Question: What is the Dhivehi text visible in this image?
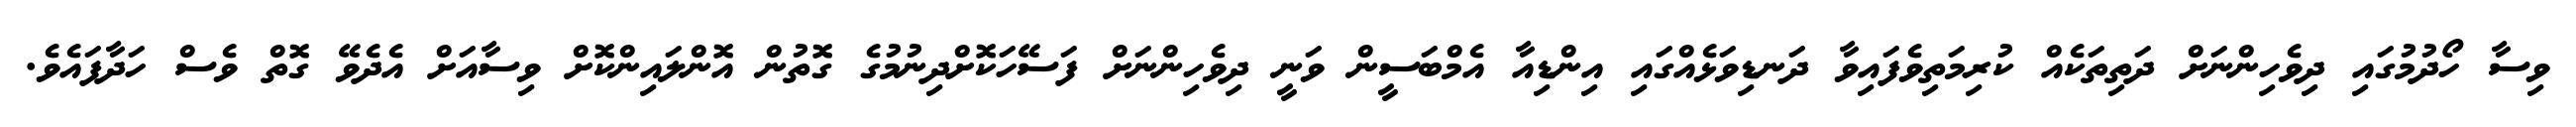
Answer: ވިސާ ހޯދުމުގައި ދިވެހިންނަށް ދަތިތަކެއް ކުރިމަތިވެފައިވާ ދަނޑިވަޅެއްގައި އިންޑިއާ އެމްބަސީން ވަނީ ދިވެހިންނަށް ފަސޭހަކޮށްދިނުމުގެ ގޮތުން އޮންލައިންކޮށް ވިސާއަށް އެދެވޭ ގޮތް ވެސް ހަދާފައެވެ.